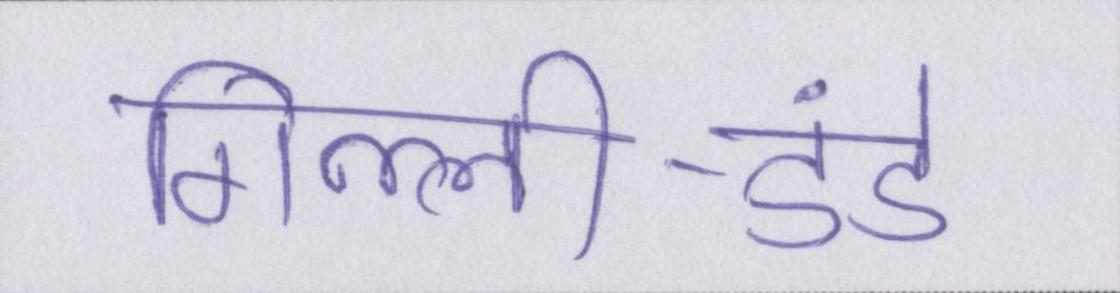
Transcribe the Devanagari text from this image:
गिल्ली-डंडे